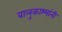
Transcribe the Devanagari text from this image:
वालुकाश्मांनी